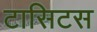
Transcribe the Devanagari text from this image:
टासिटस